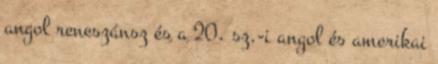
angol reneszánsz és a 20. sz.-i angol és amerikai